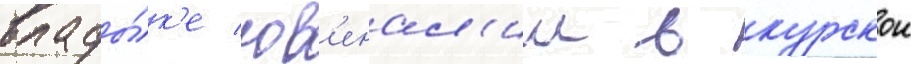
влады́к'е юв'енал'ии в курскои